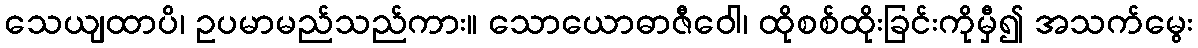
သေယျထာပိ၊ ဥပမာမည်သည်ကား။ သောယောဓာဇီဝေါ၊ ထိုစစ်ထိုးခြင်းကိုမှီ၍ အသက်မွေး